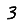
Digit: 3